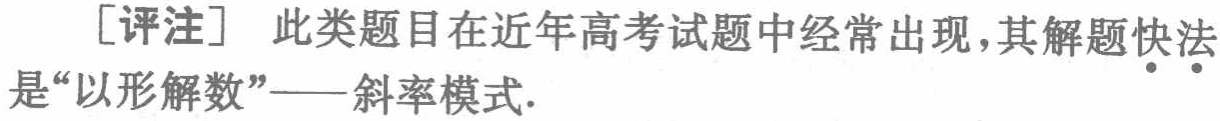
[评注] 此类题目在近年高考试题中经常出现，其解题快法是“以形解数”——斜率模式.